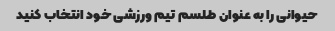
حیوانی را به عنوان طلسم تیم ورزشی خود انتخاب کنید